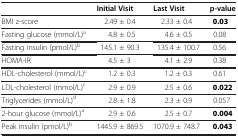
<table><thead><tr><td><b> </b></td><td><b>Initial Visit</b></td><td><b>Last Visit</b></td><td><b>p-value</b></td></tr></thead><tbody><tr><td>BMI z-score</td><td>2.49 ± 0.4</td><td>2.33 ± 0.4</td><td><b>0.03</b></td></tr><tr><td>Fasting glucose (mmol/L)<sup>a</sup></td><td>4.8 ± 0.5</td><td>4.6 ± 0.5</td><td>0.08</td></tr><tr><td>Fasting insulin (pmol/L)<sup>b</sup></td><td>145.1 ± 90.3</td><td>135.4 ± 100.7</td><td>0.56</td></tr><tr><td>HOMA-IR</td><td>4.5 ± 3</td><td>4.1 ± 2.9</td><td>0.38</td></tr><tr><td>HDL-cholesterol (mmol/L)<sup>c</sup></td><td>1.2 ± 0.3</td><td>1.2 ± 0.3</td><td>0.61</td></tr><tr><td>LDL-cholesterol (mmol/L)<sup>c</sup></td><td>2.9 ± 0.9</td><td>2.5 ± 0.6</td><td><b>0.022</b></td></tr><tr><td>Triglycerides (mmol/L)<sup>d</sup></td><td>2.8 ± 1.8</td><td>2.3 ± 0.9</td><td>0.057</td></tr><tr><td>2-hour glucose (mmol/L)<sup>a</sup></td><td>2.9 ± 0.6</td><td>2.5 ± 0.7</td><td><b>0.004</b></td></tr><tr><td>Peak insulin (pmol/L)<sup>b</sup></td><td>1445.9 ± 869.5</td><td>1070.9 ± 748.7</td><td><b>0.043</b></td></tr></tbody></table>